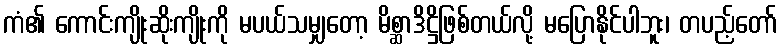
ကံ၏ ကောင်းကျိုးဆိုးကျိုးကို မပယ်သမျှတော့ မိစ္ဆာဒိဋ္ဌိဖြစ်တယ်လို့ မပြောနိုင်ပါဘူး၊ တပည့်တော်